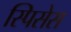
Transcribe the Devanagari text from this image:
स्पिसेस